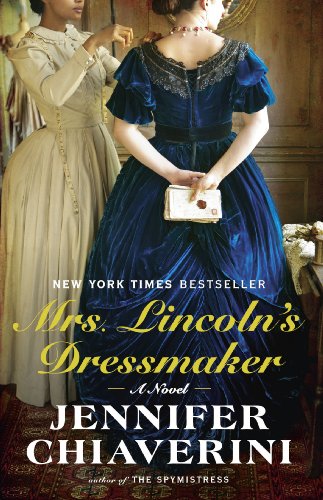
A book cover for Mrs. Lincoln's Dressmaker: A Novel; Jennifer Chiaverini; Literature & Fiction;